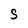
Character: S